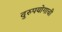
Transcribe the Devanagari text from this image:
दुरुपयोगाची